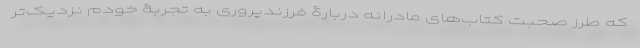
که طرز صحبت کتاب‌های مادرانه دربارۀ فرزندپروری به تجربۀ خودم نزدیک‌تر